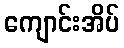
ကျောင်းအိပ်